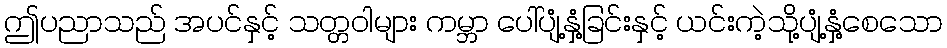
ဤပညာသည် အပင်နှင့် သတ္တဝါများ ကမ္ဘာ ပေါ်ပျံ့နှံ့ခြင်းနှင့် ယင်းကဲ့သို့ပျံ့နှံ့စေသော